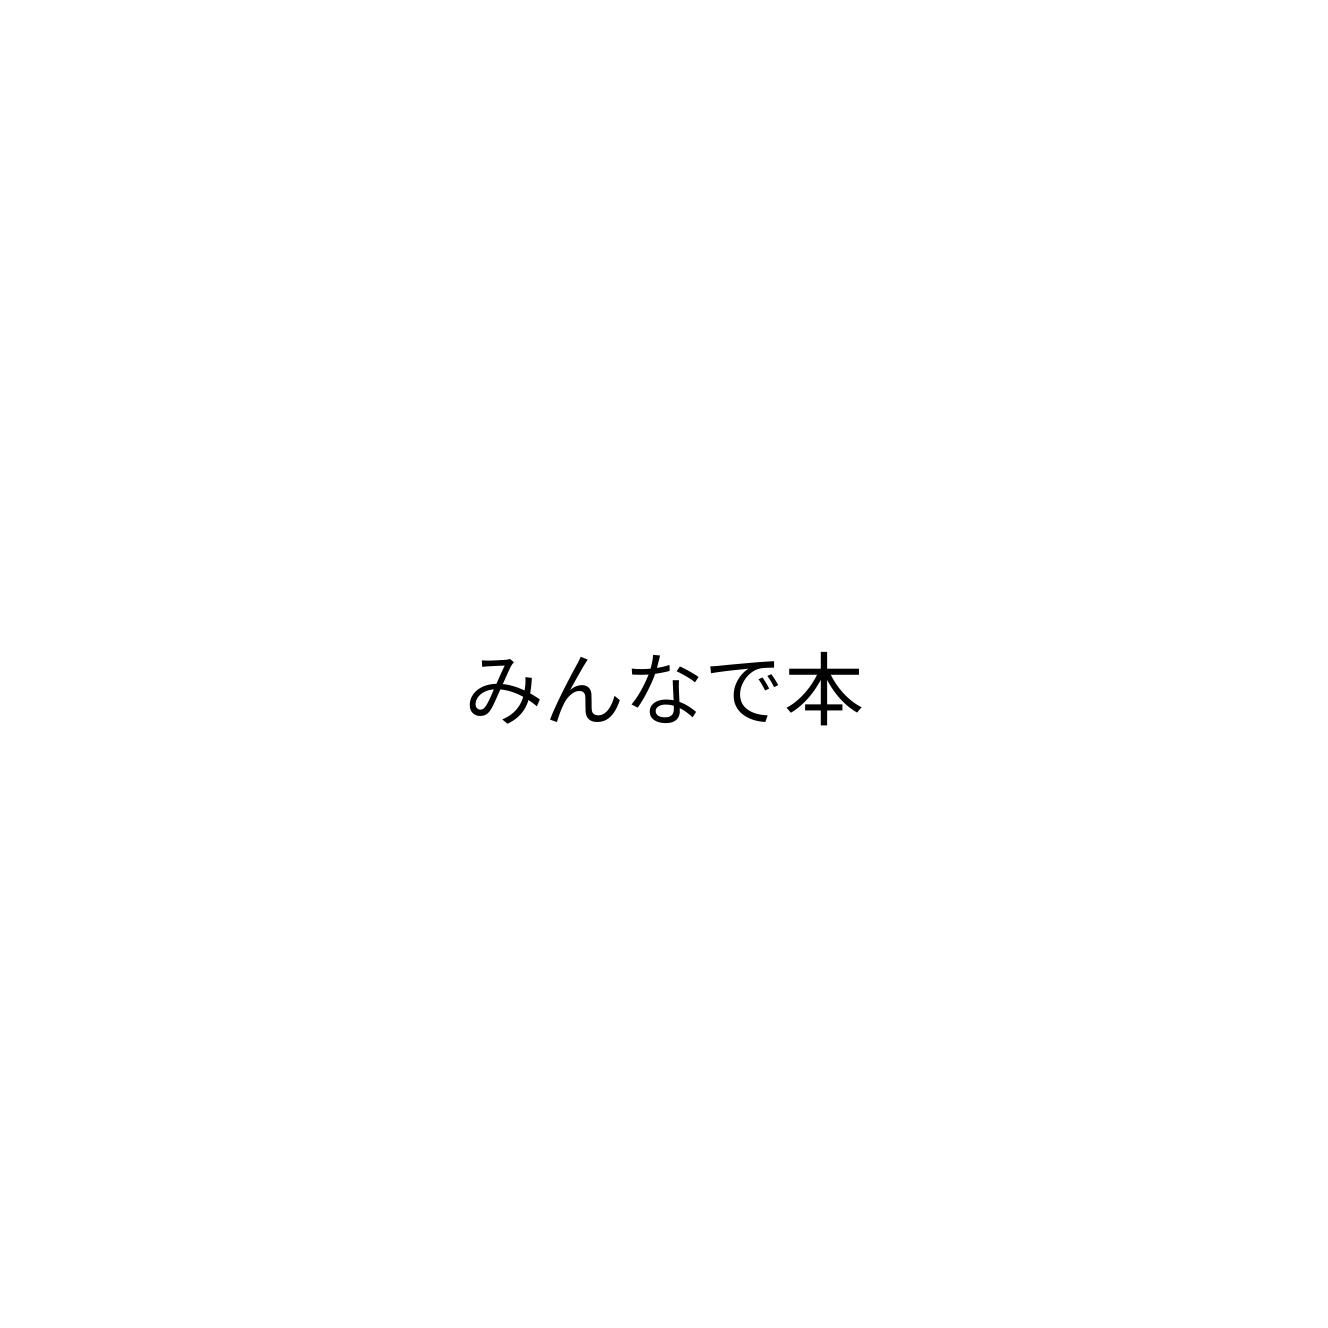
みんなで本